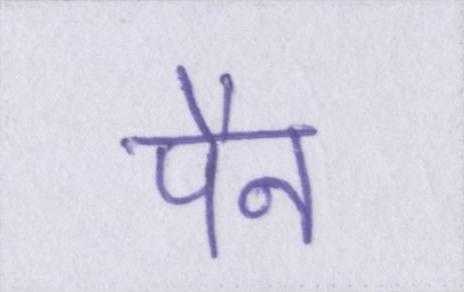
पैन